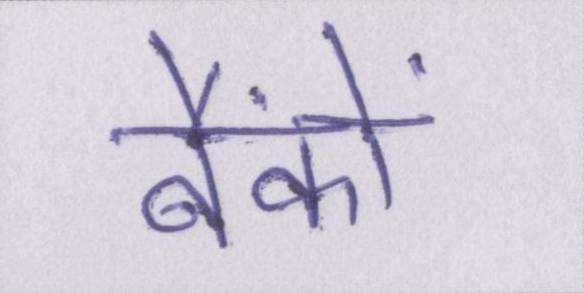
बैंकों